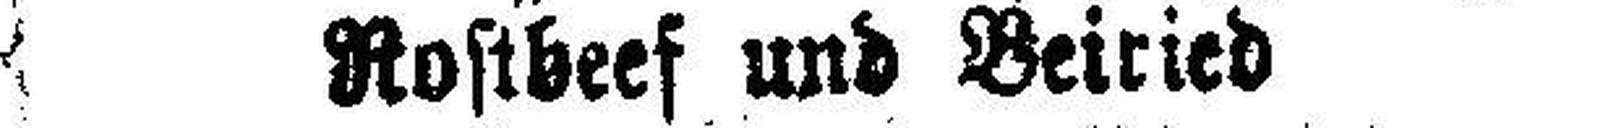
Rostbeef und Beiried